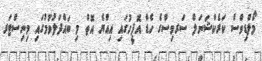
މޯލްޑިވްސް ކަރެކްޝަނަލް ސަރވިސްގެ ހެޑް އޮފީހުގައި އިއްޔެ އޮތް މި ބައްދަލުވުމުގައި މިނިސްޓަރ